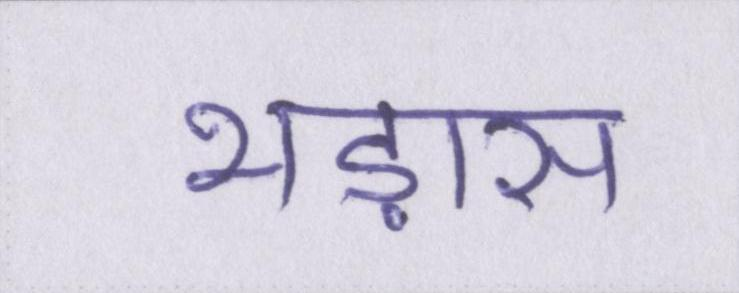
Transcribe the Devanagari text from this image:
भड़ास